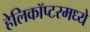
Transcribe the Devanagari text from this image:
हेलिकॉप्टरमध्ये